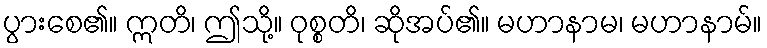
ပွားစေ၏။ ဣတိ၊ ဤသို့။ ဝုစ္စတိ၊ ဆိုအပ်၏။ မဟာနာမ၊ မဟာနာမ်။